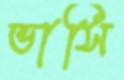
ভাসি